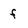
Character: f